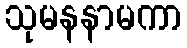
သုမနနာမကာ